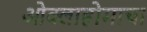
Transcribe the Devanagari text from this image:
ओक्लाहोमाचा